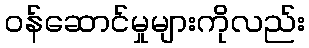
ဝန်ဆောင်မှုများကိုလည်း